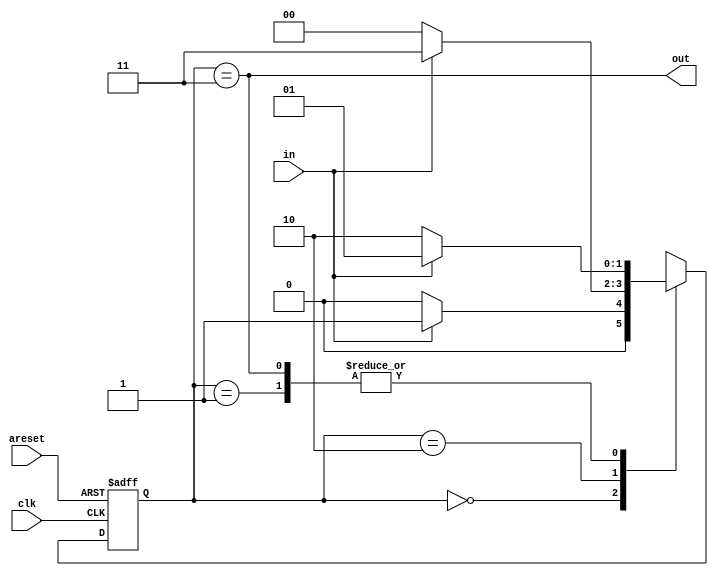
module top_module(
    input clk,
    input in,
    input areset,
    output out); //

	parameter A=0, B=1, C=2, D=3;
    reg [1:0] state, next_state;

    always @ (*) begin
        case (state)
            A: next_state = in ? B : A;
            B: next_state = in ? B : C;
            C: next_state = in ? D : A;
            D: next_state = in ? B : C;
        endcase
    end
    
    always @ (posedge clk or posedge areset) begin
        if (areset) state <= A;
        else state <= next_state;
    end
    
    assign out = state == D;

endmodule